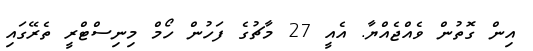
އިން ގޮތުން ވެއްޖެއްޔާ. އެއީ 27 މާޗުގެ ފަހުން ހޯމް މިނިސްޓްރީ ތެރޭގައި